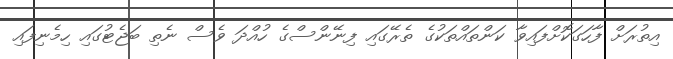
އިތުރަށް ފާހަގަކޮށްފައިވާ ކަންތައްތަކުގެ ތެރޭގައި ފިނޭންސްގެ ހުއްދަ ވެސް ނެތި ބަޖެޓުގައި ހިމެނިފައި